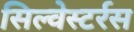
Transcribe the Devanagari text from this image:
सिल्वेस्टर्रस